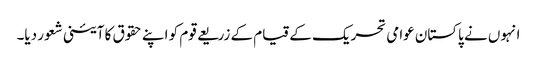
انہوں نے پاکستان عوامی تحریک کے قیام کے زریعے قوم کو اپنے حقوق کا آئینی شعور دیا۔